Lunatic asylums in Bengal annual reports 1888-1898 - 1888-1898
Year: 1888
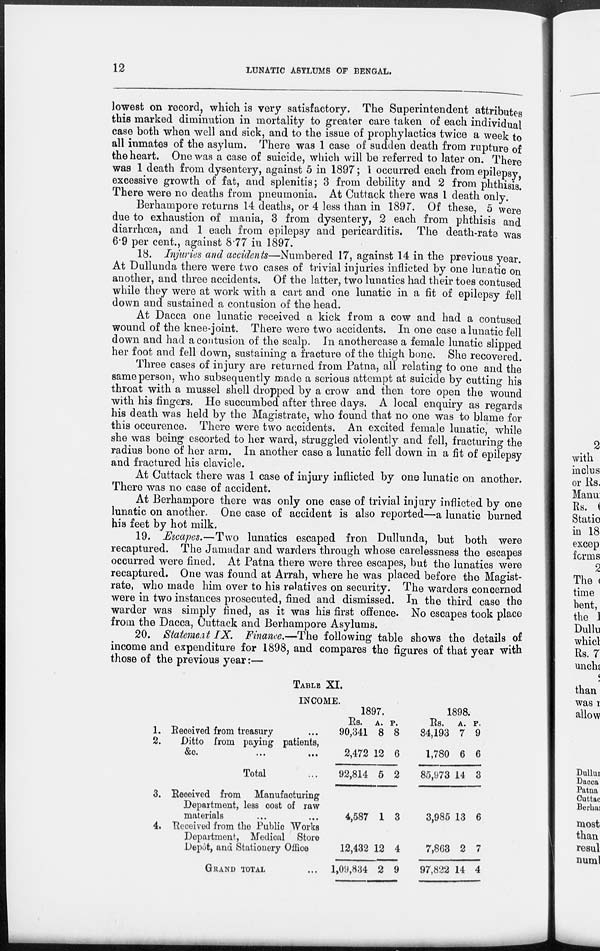
12
LUNATIC ASYLUMS OF BENGAL.
lowest on record, which is very satisfactory. The Superintendent attributes
this marked diminution in mortality to greater care taken of each individual
case both when well and sick, and to the issue of prophylactics twice a week to
all inmates of the asylum. There was 1 case of sudden death from rupture of
the heart. One was a case of suicide, which will be referred to later on. There
was 1 death from dysentery, against 5 in 1897; 1 occurred each from epilepsy,
excessive growth of fat, and splenitis; 3 from debility and 2 from phthisis.
There were no deaths from pneumonia. At Cuttack there was 1 death only.
Berhampore returns 14 deaths, or 4 less than in 1897. Of these, 5 were
due to exhaustion of mania, 3 from dysentery, 2 each from phthisis and
diarrhœa, and 1 each from epilepsy and pericarditis. The death-rate was
6.9 per cent., against 8.77 in 1897.
18. Injuries and accidents—Numbered 17, against 14 in the previous year.
At Dullunda there were two cases of trivial injuries inflicted by one lunatic on
another, and three accidents. Of the latter, two lunatics had their toes contused
while they were at work with a cart and one lunatic in a fit of epilepsy fell
down and sustained a contusion of the head.
At Dacca one lunatic received a kick from a cow and had a contused
wound of the knee-joint. There were two accidents. In one case a lunatic fell
down and had a contusion of the scalp. In anothercase a female lunatic slipped
her foot and fell down, sustaining a fracture of the thigh bone. She recovered.
Three cases of injury are returned from Patna, all relating to one and the
same person, who subsequently made a serious attempt at suicide by cutting his
throat with a mussel shell dropped by a crow and then tore open the wound
with his fingers. He succumbed after three days. A local enquiry as regards
his death was held by the Magistrate, who found that no one was to blame for
this occurence. There were two accidents. An excited female lunatic, while
she was being escorted to her ward, struggled violently and fell, fracturing the
radius bone of her arm. In another case a lunatic fell down in a fit of epilepsy
and fractured his clavicle.
At Cuttack there was 1 case of injury inflicted by one lunatic on another.
There was no case of accident.
At Berhampore there was only one case of trivial injury inflicted by one
lunatic on another. One case of accident is also reported—a lunatic burned
his feet by hot milk.
19. Escapes.—Two lunatics escaped from Dullunda, but both were
recaptured. The Jamadar and warders through whose carelessness the escapes
occurred were fined. At Patna there were three escapes, but the lunatics were
recaptured. One was found at Arrah, where he was placed before the Magist-
rate, who made him over to his relatives on security. The warders concerned
were in two instances prosecuted, fined and dismissed. In the third case the
warder was simply fined, as it was his first offence. No escapes took place
from the Dacca, Cuttack and Berhampore Asylums.
20. Statement IX. Finance.—The following table shows the details of
income and expenditure for 1898, and compares the figures of that year with
those of the previous year:—
TABLE XI.
INCOME.
1. Received from treasury ...
2.
Ditto from paying patients,
&c.
...
...
Total ...
3. Received from
Manufacturing
Department, less cost of raw
materials ... ...
4. Received from the Public Works
Department, Medical Store
Depot, and Stationery Office
GRAND TOTAL ...
1897.
Rs.
90,341
2,472
92,814
4,587
12,432
1,09,834
A.
8
12
5
1
12
2
P.
8
6
2
3
4
9
1898.
Rs.
84,193
1,780
85,973
3,985
7,863
97,822
A.
7
6
14
13
2
14
P.
9
6
3
6
4
4